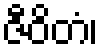
ဇီဝိတံ၊